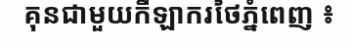
គុនជាមួយកីឡាករថៃភ្នំពេញ ៖